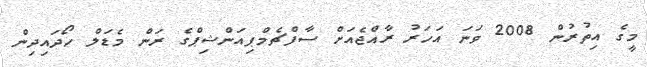
މީގެ އިތުރުން 2008 ވަނަ އަހަރު ރާއްޖެއަށް ސާފްޗެމްޕިއަންޝިޕްގެ ރަން މެޑަލް ހޯދައިދިން